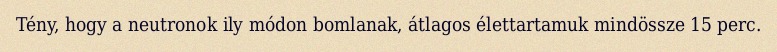
Tény, hogy a neutronok ily módon bomlanak, átlagos élettartamuk mindössze 15 perc.